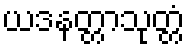
ယဒနတ္တာသုတ္တံ